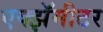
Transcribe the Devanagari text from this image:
एक्झॅमीटर